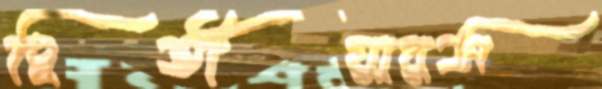
দ্বিতীয়ারস